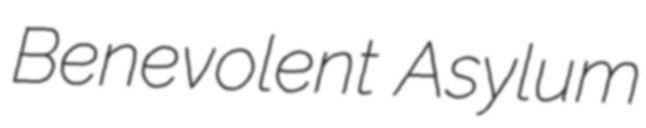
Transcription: Benevolent Asylum